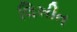
લિખીત